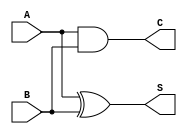
module half_adder (
    input wire A,     // First input bit
    input wire B,     // Second input bit
    output wire S,    // Sum output
    output wire C     // Carry output
);

// Sum output using XOR
assign S = A ^ B;

// Carry output using AND
assign C = A & B;

endmodule